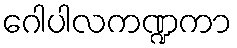
ဂေါပါလကဏ္ဍကာ